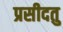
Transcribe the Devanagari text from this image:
प्रसीदतु